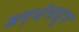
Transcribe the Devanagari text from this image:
श्रद्धेमधून